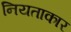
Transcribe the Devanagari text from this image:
नियताकार